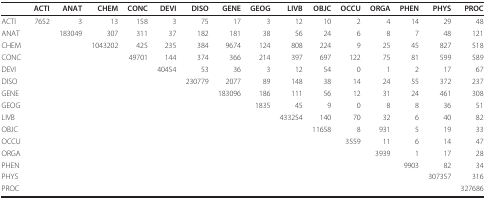
<table><thead><tr><td></td><td><b>ACTI</b></td><td><b>ANAT</b></td><td><b>CHEM</b></td><td><b>CONC</b></td><td><b>DEVI</b></td><td><b>DISO</b></td><td><b>GENE</b></td><td><b>GEOG</b></td><td><b>LIVB</b></td><td><b>OBJC</b></td><td><b>OCCU</b></td><td><b>ORGA</b></td><td><b>PHEN</b></td><td><b>PHYS</b></td><td><b>PROC</b></td></tr></thead><tbody><tr><td>ACTI</td><td>7652</td><td>3</td><td>13</td><td>158</td><td>3</td><td>75</td><td>17</td><td>3</td><td>12</td><td>10</td><td>2</td><td>4</td><td>14</td><td>29</td><td>48</td></tr><tr><td>ANAT</td><td></td><td>183049</td><td>307</td><td>311</td><td>37</td><td>182</td><td>181</td><td>38</td><td>56</td><td>24</td><td>6</td><td>8</td><td>7</td><td>48</td><td>121</td></tr><tr><td>CHEM</td><td></td><td></td><td>1043202</td><td>425</td><td>235</td><td>384</td><td>9674</td><td>124</td><td>808</td><td>224</td><td>9</td><td>25</td><td>45</td><td>827</td><td>518</td></tr><tr><td>CONC</td><td></td><td></td><td></td><td>49701</td><td>144</td><td>374</td><td>366</td><td>214</td><td>397</td><td>697</td><td>122</td><td>75</td><td>81</td><td>599</td><td>589</td></tr><tr><td>DEVI</td><td></td><td></td><td></td><td></td><td>40454</td><td>53</td><td>36</td><td>3</td><td>12</td><td>54</td><td>0</td><td>1</td><td>2</td><td>17</td><td>67</td></tr><tr><td>DISO</td><td></td><td></td><td></td><td></td><td></td><td>230779</td><td>2077</td><td>89</td><td>148</td><td>38</td><td>14</td><td>24</td><td>55</td><td>372</td><td>237</td></tr><tr><td>GENE</td><td></td><td></td><td></td><td></td><td></td><td></td><td>183096</td><td>186</td><td>111</td><td>56</td><td>12</td><td>31</td><td>24</td><td>461</td><td>308</td></tr><tr><td>GEOG</td><td></td><td></td><td></td><td></td><td></td><td></td><td></td><td>1835</td><td>45</td><td>9</td><td>0</td><td>8</td><td>8</td><td>36</td><td>51</td></tr><tr><td>LIVB</td><td></td><td></td><td></td><td></td><td></td><td></td><td></td><td></td><td>433254</td><td>140</td><td>70</td><td>32</td><td>6</td><td>40</td><td>82</td></tr><tr><td>OBJC</td><td></td><td></td><td></td><td></td><td></td><td></td><td></td><td></td><td></td><td>11658</td><td>8</td><td>931</td><td>5</td><td>19</td><td>33</td></tr><tr><td>OCCU</td><td></td><td></td><td></td><td></td><td></td><td></td><td></td><td></td><td></td><td></td><td>3559</td><td>11</td><td>6</td><td>14</td><td>47</td></tr><tr><td>ORGA</td><td></td><td></td><td></td><td></td><td></td><td></td><td></td><td></td><td></td><td></td><td></td><td>3939</td><td>1</td><td>17</td><td>28</td></tr><tr><td>PHEN</td><td></td><td></td><td></td><td></td><td></td><td></td><td></td><td></td><td></td><td></td><td></td><td></td><td>9903</td><td>82</td><td>34</td></tr><tr><td>PHYS</td><td></td><td></td><td></td><td></td><td></td><td></td><td></td><td></td><td></td><td></td><td></td><td></td><td></td><td>307357</td><td>316</td></tr><tr><td>PROC</td><td></td><td></td><td></td><td></td><td></td><td></td><td></td><td></td><td></td><td></td><td></td><td></td><td></td><td></td><td>327686</td></tr></tbody></table>